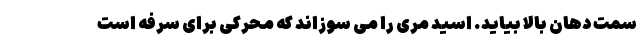
سمت دهان بالا بیاید. اسید مری را می سوزاند که محرکی برای سرفه است